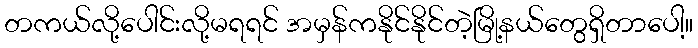
တကယ်လို့ပေါင်းလို့မရရင် အမှန်ကနိုင်နိုင်တဲ့မြို့နယ်တွေရှိတာပေါ့။